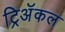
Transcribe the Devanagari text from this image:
ट्रिअॅकल